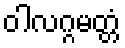
ဝါလဂ္ဂမတ္တံ